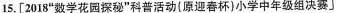
15.[2018”数学花园探秘”科普活动{原迎春杯}小学中年级组决赛〕